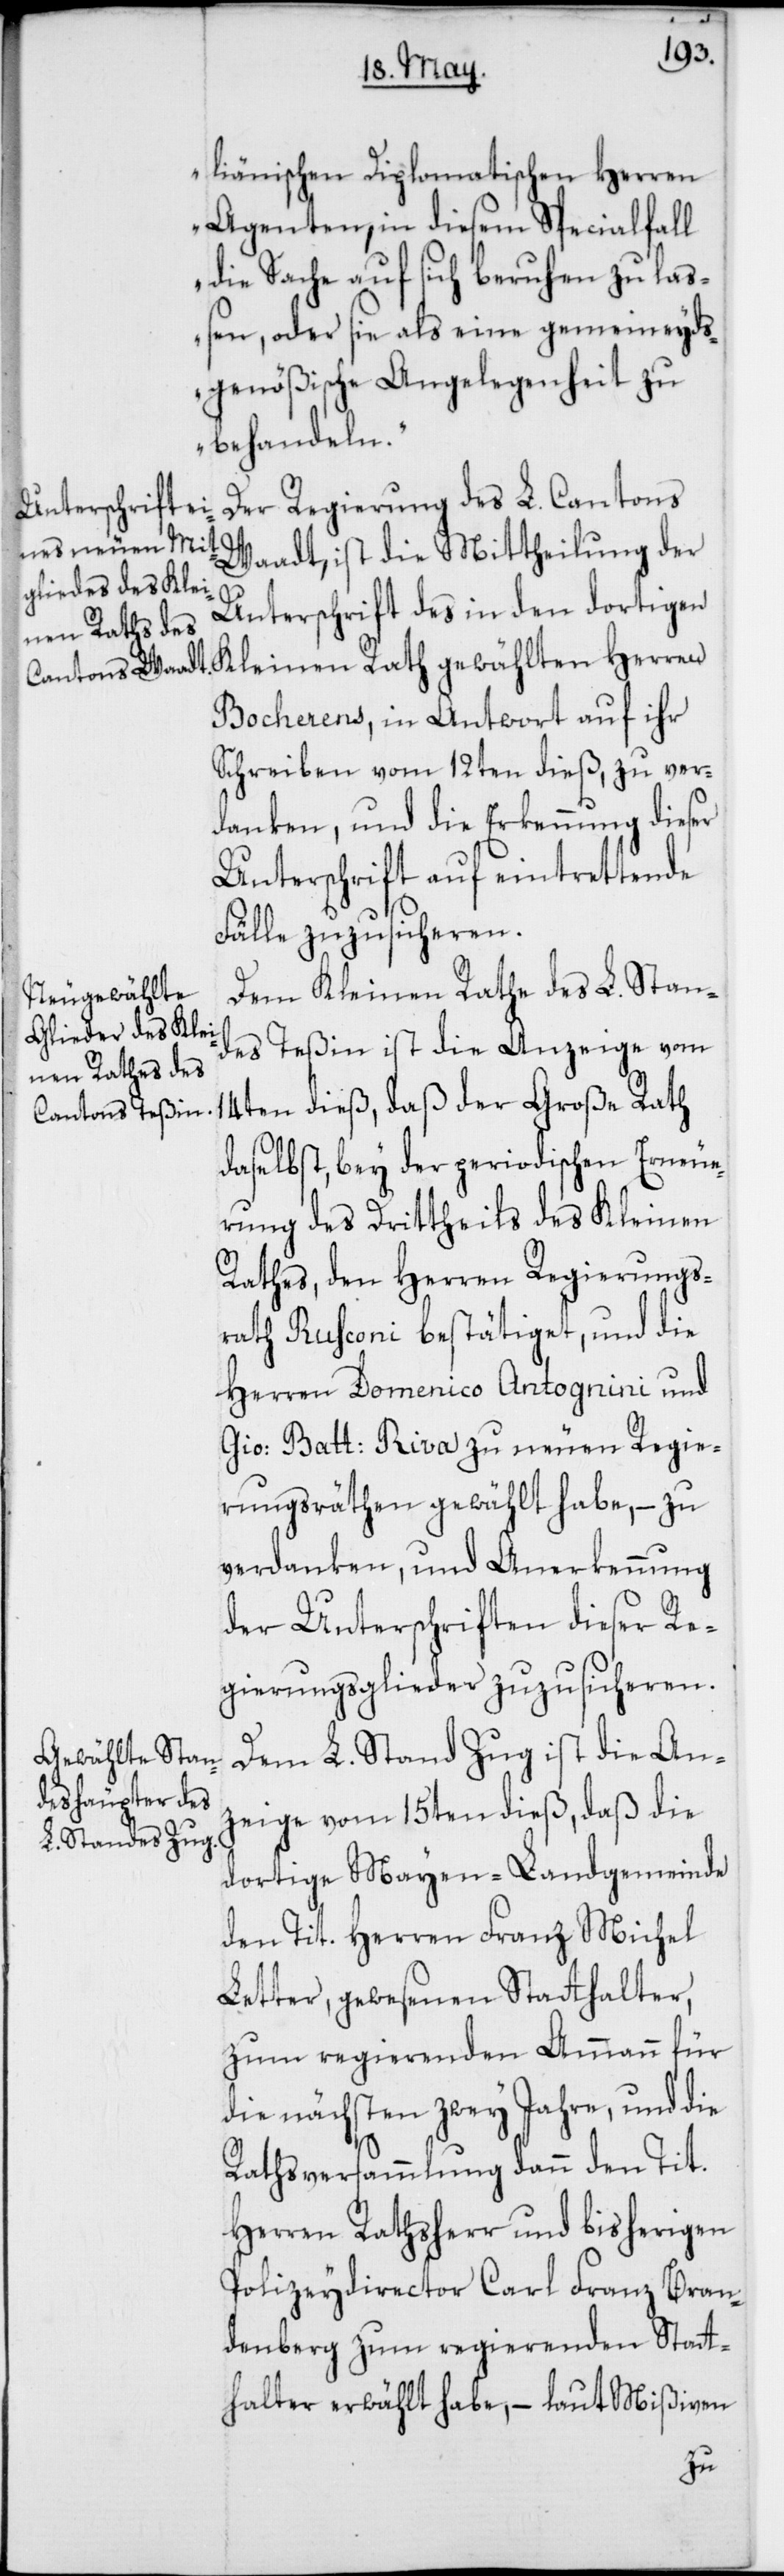
liänischen Diplomatischen Herren
Agenten, in diesem Specialfall
die Sache auf sich beruhen zu laß¬
en, oder sie als eine gemeineyds¬
genößische Angelegenheit zu
behandeln.“
Der Regierung des L. Cantons
Waadt, ist die Mittheilung der
Unterschrift des in den dortigen
Bocherens, in Antwort auf ihr
Schreiben vom 12ten dieß, zu ver¬
danken, und die Erkennung dieser
Unterschrift auf eintrettende
Fälle zuzusicheren.
Dem Kleinen Rathe des L. Stan¬
gewählten
des Teßin ist die Anzeige vom
14ten dieß, daß der Große Rath
daselbst, bey der periodischen Erneue¬
rung des Drittheils des Kleinen
Rathes, den Herren Regierungs¬
rath Ruhconi bestätiget, und die
Herren Domenico Antognini und
Gio: Batt: Riva zu neuen Regie¬
rungsräten gewählt habe, – zu
verdanken, und Anerkennung
der Unterschriften dießer Re¬
gierungsglieder zuzusicheren.
Dem L. Stand Zug ist die An¬
zeige vom 15ten dieß, daß die
dortige Mayen-Landgemeinde
den Tit. Herren Franz Michel
Letter, gewesenen Stathalter,
zum regierenden Ammann für
die nächsten zwey Jahre, und die
Rathsversammlung dann den Tit.
Herren Rathsherr und bisherigen
Polizeydirector Carl Franz Bran¬
denberg zum regierenden Stat¬
halter erwählt habe, – laut Mißiven